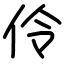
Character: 伶